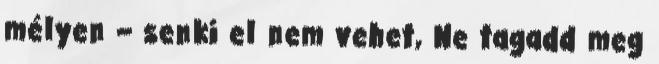
mélyen – senki el nem vehet, Ne tagadd meg